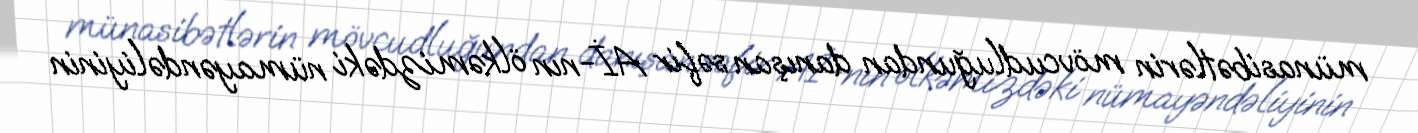
münasibətlərin mövcudluğundan danışan səfir Aİ-nın ölkəmizdəki nümayəndəliyinin